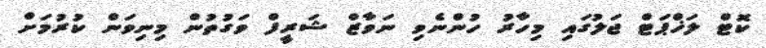
ކޮޓް ލަޚްޕަޓް ޖަލުގައި މިހާރު ހުންނެވި ނަވާޒް ޝަރީފް ވަގުތުން މިނިވަން ކުރުމަށް